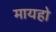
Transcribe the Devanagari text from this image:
मायहो